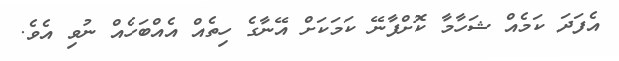
އެފަދަ ކަމެއް ޝަހާމާ ކޮށްފާނޭ ކަމަކަށް އޭނާގެ ހިތެއް އެއްބަހެއް ނުވި އެވެ.